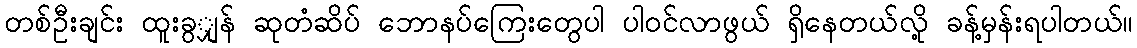
တစ်ဦးချင်း ထူးခွျှန် ဆုတံဆိပ် ဘောနပ်ကြေးတွေပါ ပါဝင်လာဖွယ် ရှိနေတယ်လို့ ခန့်မှန်းရပါတယ်။